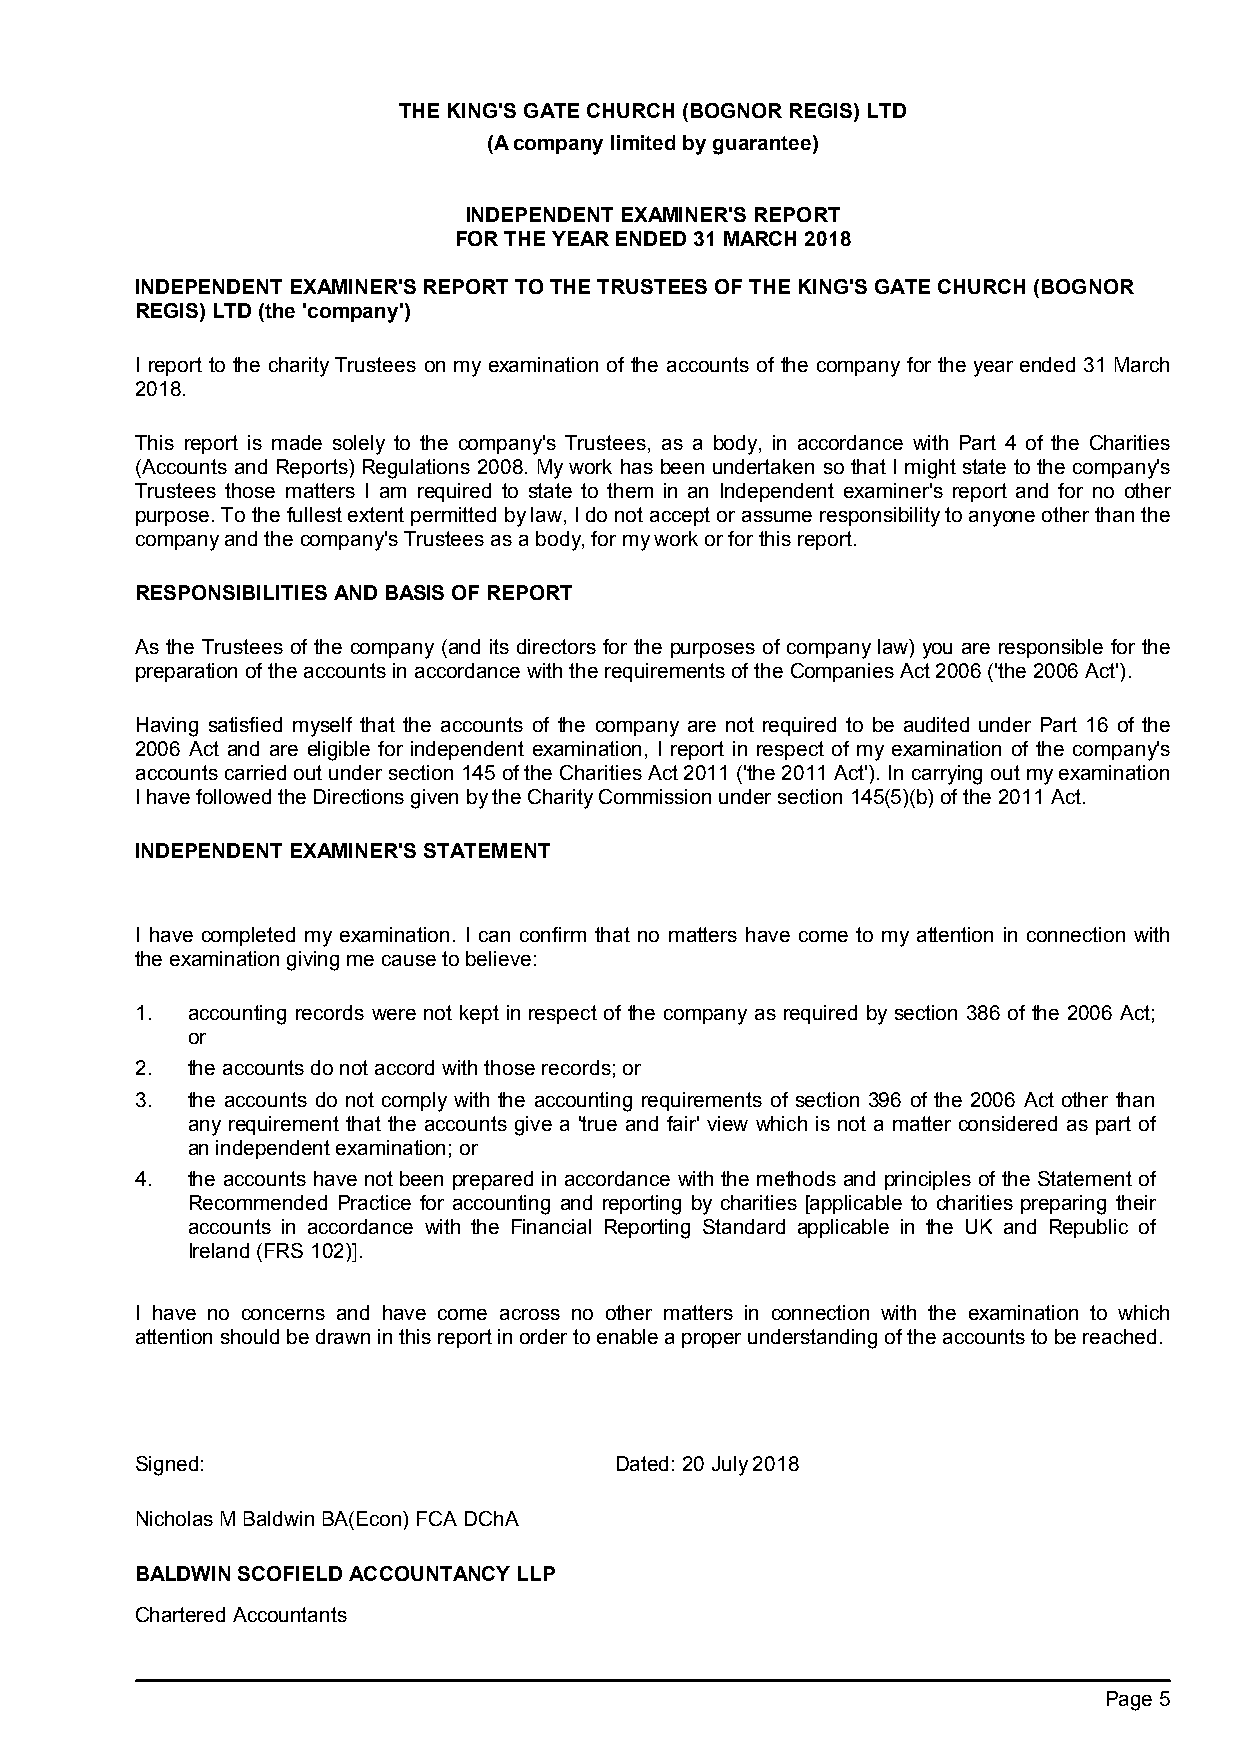
THE KING'S GATE CHURCH (BOGNOR REGIS) LTD
 (A company limited by guarantee)
 INDEPENDENT EXAMINER'S REPORT
 FOR THE YEAR ENDED 31 MARCH 2018
 INDEPENDENT EXAMINER'S REPORT TO THE TRUSTEES OF THE KING'S GATE CHURCH (BOGNOR
 REGIS) LTD (the 'company')
 I report to the charity Trustees on my examination of the accounts of the company for the year ended 31 March
 2018.
 This report is made solely to the company's Trustees, as a body, in accordance with Part 4 of the Charities
 (Accounts and Reports) Regulations 2008. My work has been undertaken so that I might state to the company's
 Trustees those matters I am required to state to them in an Independent examiner's report and for no other
 purpose. To the fullest extent permitted by law, I do not accept or assume responsibility to anyone other than the
 company and the company'sTrustees as a body, for my work or for this report.
 RESPONSIBILITIES AND BASIS OF REPORT
 As the Trustees of the company (and its directors for the purposes of company law) you are responsible for the
 preparation of the accounts in accordance with the requirements of the Companies Act 2006 ('the 2006 Act').
 Having satisfied myself that the accounts of the company are not required to be audited under Part 16 of the
 2006 Act and are eligible for independent examination, I report in respect of my examination of the company's
 accounts carried out under section 145 of the Charities Act 2011 ('the 2011 Act'). In carrying out my examination
 I have followed the Directions given by the Charity Commission under section 145(5)(b) of the 2011 Act.
 INDEPENDENT EXAMINER'S STATEMENT
 I have completed my examination. I can confirm that no matters have come to my attention in connection with
 the examination giving me cause to believe:
 1. accounting records were not kept in respect of the company as required by section 386 of the 2006 Act;
 or
 2. the accounts do not accord with those records; or
 3. the accounts do not comply with the accounting requirements of section 396 of the 2006 Act other than
 any requirement that the accounts give a 'true and fair' view which is not a matter considered as part of
 an independent examination; or
 4. the accounts have not been prepared in accordance with the methods and principles of the Statement of
 Recommended Practice for accounting and reporting by charities [applicable to charities preparing their
 accounts in accordance with the Financial Reporting Standard applicable in the UK and Republic of
 Ireland (FRS 102)].
 I have no concerns and have come across no other matters in connection with the examination to which
 attention should be drawn in this report in order to enable a proper understanding of the accounts to be reached.
 Signed:                         Dated: 20 July 2018
 Nicholas M BaldwinBA(Econ) FCA DChA
 BALDWIN SCOFIELD ACCOUNTANCY LLP
 Chartered Accountants
 Page 5